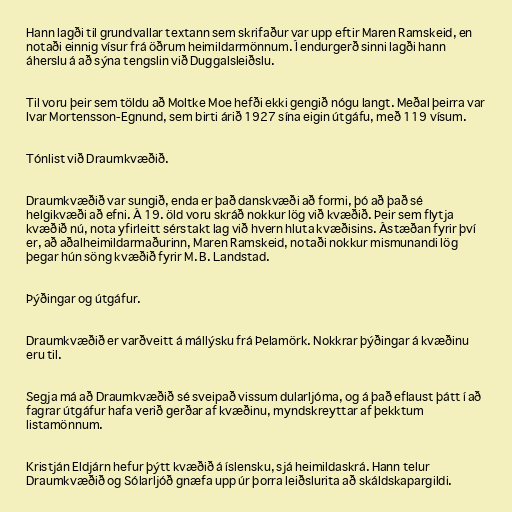
Hann lagði til grundvallar textann sem skrifaður var upp eftir Maren Ramskeid, en
notaði einnig vísur frá öðrum heimildarmönnum. Í endurgerð sinni lagði hann
áherslu á að sýna tengslin við Duggalsleiðslu.

Til voru þeir sem töldu að Moltke Moe hefði ekki gengið nógu langt. Meðal þeirra var
Ivar Mortensson-Egnund, sem birti árið 1927 sína eigin útgáfu, með 119 vísum.

Tónlist við Draumkvæðið.

Draumkvæðið var sungið, enda er það danskvæði að formi, þó að það sé
helgikvæði að efni. Á 19. öld voru skráð nokkur lög við kvæðið. Þeir sem flytja
kvæðið nú, nota yfirleitt sérstakt lag við hvern hluta kvæðisins. Ástæðan fyrir því
er, að aðalheimildarmaðurinn, Maren Ramskeid, notaði nokkur mismunandi lög
þegar hún söng kvæðið fyrir M. B. Landstad.

Þýðingar og útgáfur.

Draumkvæðið er varðveitt á mállýsku frá Þelamörk. Nokkrar þýðingar á kvæðinu
eru til.

Segja má að Draumkvæðið sé sveipað vissum dularljóma, og á það eflaust þátt í að
fagrar útgáfur hafa verið gerðar af kvæðinu, myndskreyttar af þekktum
listamönnum.

Kristján Eldjárn hefur þýtt kvæðið á íslensku, sjá heimildaskrá. Hann telur
Draumkvæðið og Sólarljóð gnæfa upp úr þorra leiðslurita að skáldskapargildi.